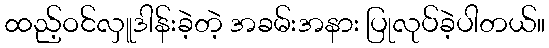
ထည့်ဝင်လှူဒါန်းခဲ့တဲ့ အခမ်းအနား ပြုလုပ်ခဲ့ပါတယ်။